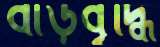
বাড়বৃদ্ধি